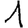
Digit: 1